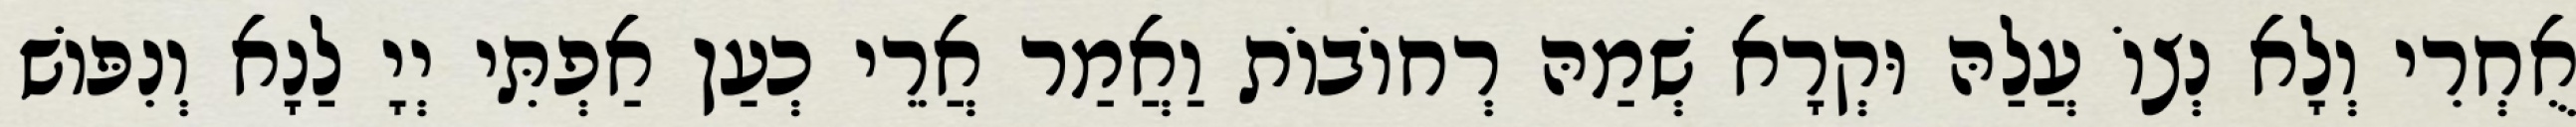
אֻחְרִי וְלָא נְצוֹ עֲלַהּ וּקְרָא שְׁמַהּ רְחוֹבוֹת וַאֲמַר אֲרֵי כְעַן אַפְתִּי יְיָ לַנָא וְנִפּוֹשׁ